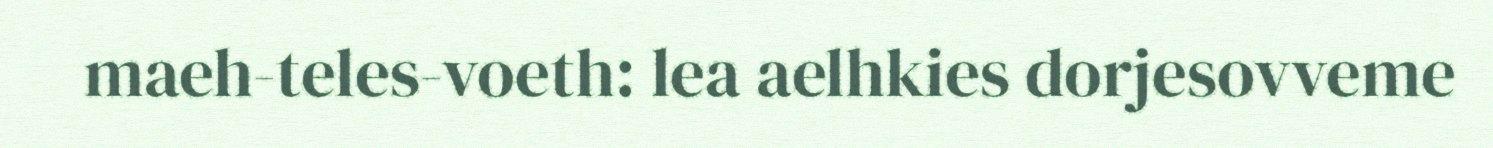
maeh-teles-voeth: lea aelhkies dorjesovveme